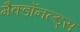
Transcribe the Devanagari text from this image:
मैक्डॉनल्ड्स